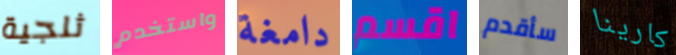
ثلجية واستخدم دامغة اقسم سأقدم كارينا